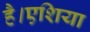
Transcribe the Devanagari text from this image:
है।एशिया